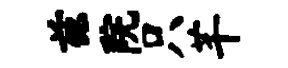
兹院只芊